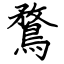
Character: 鶩